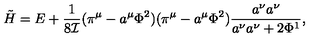
\tilde { H } = E + \frac { 1 } { 8 { \cal I } } ( \pi ^ { \mu } - a ^ { \mu } \Phi ^ { 2 } ) ( \pi ^ { \mu } - a ^ { \mu } \Phi ^ { 2 } ) \frac { a ^ { \nu } a ^ { \nu } } { a ^ { \nu } a ^ { \nu } + 2 \Phi ^ { 1 } } ,